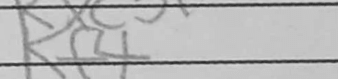
Transcription: Kf4